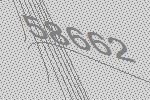
58662